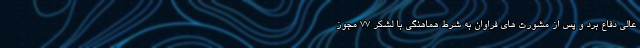
عالی دفاع برد و پس از مشورت های فراوان به شرط هماهنگی با لشکر ۷۷ مجوز